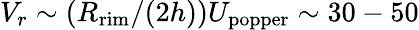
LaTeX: V_{r}\sim(R_{\mathrm{rim}}/(2h))U_{\mathrm{popper}}\sim 30-50